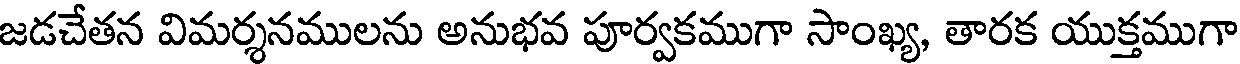
జడచేతన విమర్శనములను అనుభవ పూర్వకముగా సాంఖ్య, తారక యుక్తముగా